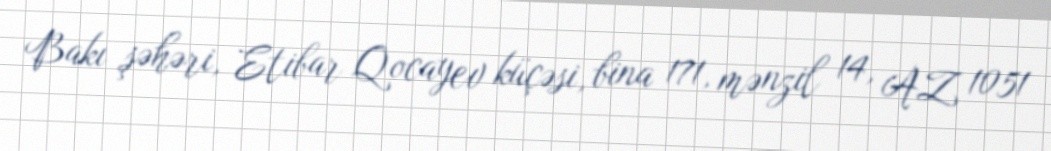
Bakı şəhəri, Etibar Qocayev küçəsi, bina 171, mənzil 14, AZ 1051